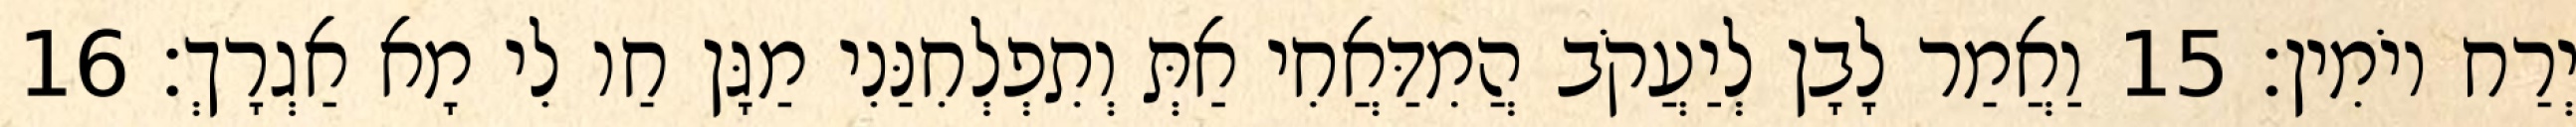
יְרַח יוֹמִין׃ 15 וַאֲמַר לָבָן לְיַעֲקֹב הֲמִדַּאֲחִי אַתְּ וְתִפְלְחִנַּנִי מַגָּן חַו לִי מָא אַגְרָךְ׃ 16